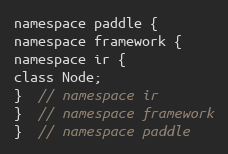
Language: C
namespace paddle {
namespace framework {
namespace ir {
class Node;
}  // namespace ir
}  // namespace framework
}  // namespace paddle